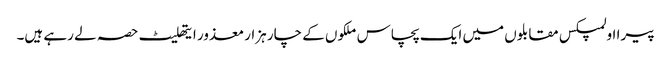
پیرا اولمپکس مقابلوں میں ایک پچاس ملکوں کے چار ہزار معذور ایتھلیٹ حصہ لے رہے ہیں۔